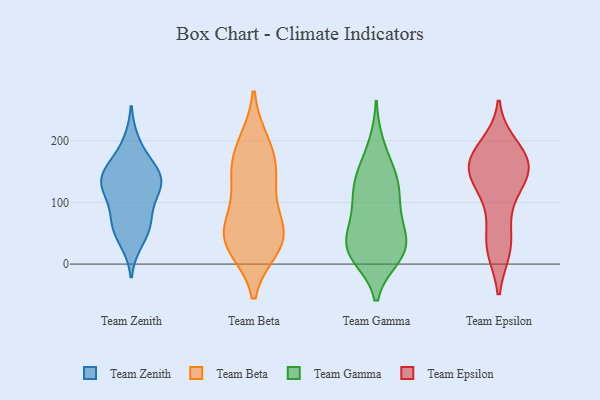
{"axis": {"x": "Page Views", "y": "Value"}, "legend": ["Team Beta", "Team Epsilon", "Team Gamma", "Team Zenith"], "data": [{"x": "", "y": 66, "type": "Team Zenith"}, {"x": "", "y": 117, "type": "Team Zenith"}, {"x": "", "y": 125, "type": "Team Zenith"}, {"x": "", "y": 71, "type": "Team Zenith"}, {"x": "", "y": 126, "type": "Team Zenith"}, {"x": "", "y": 196, "type": "Team Zenith"}, {"x": "", "y": 61, "type": "Team Zenith"}, {"x": "", "y": 129, "type": "Team Zenith"}, {"x": "", "y": 149, "type": "Team Zenith"}, {"x": "", "y": 39, "type": "Team Zenith"}, {"x": "", "y": 151, "type": "Team Zenith"}, {"x": "", "y": 155, "type": "Team Zenith"}, {"x": "", "y": 133, "type": "Team Beta"}, {"x": "", "y": 155, "type": "Team Beta"}, {"x": "", "y": 186, "type": "Team Beta"}, {"x": "", "y": 136, "type": "Team Beta"}, {"x": "", "y": 28, "type": "Team Beta"}, {"x": "", "y": 32, "type": "Team Beta"}, {"x": "", "y": 50, "type": "Team Beta"}, {"x": "", "y": 50, "type": "Team Beta"}, {"x": "", "y": 196, "type": "Team Beta"}, {"x": "", "y": 42, "type": "Team Beta"}, {"x": "", "y": 71, "type": "Team Beta"}, {"x": "", "y": 194, "type": "Team Gamma"}, {"x": "", "y": 28, "type": "Team Gamma"}, {"x": "", "y": 156, "type": "Team Gamma"}, {"x": "", "y": 119, "type": "Team Gamma"}, {"x": "", "y": 12, "type": "Team Gamma"}, {"x": "", "y": 115, "type": "Team Gamma"}, {"x": "", "y": 20, "type": "Team Gamma"}, {"x": "", "y": 92, "type": "Team Gamma"}, {"x": "", "y": 77, "type": "Team Gamma"}, {"x": "", "y": 62, "type": "Team Gamma"}, {"x": "", "y": 29, "type": "Team Gamma"}, {"x": "", "y": 136, "type": "Team Gamma"}, {"x": "", "y": 141, "type": "Team Gamma"}, {"x": "", "y": 49, "type": "Team Gamma"}, {"x": "", "y": 19, "type": "Team Gamma"}, {"x": "", "y": 17, "type": "Team Gamma"}, {"x": "", "y": 168, "type": "Team Epsilon"}, {"x": "", "y": 28, "type": "Team Epsilon"}, {"x": "", "y": 192, "type": "Team Epsilon"}, {"x": "", "y": 137, "type": "Team Epsilon"}, {"x": "", "y": 24, "type": "Team Epsilon"}, {"x": "", "y": 182, "type": "Team Epsilon"}, {"x": "", "y": 165, "type": "Team Epsilon"}, {"x": "", "y": 25, "type": "Team Epsilon"}, {"x": "", "y": 104, "type": "Team Epsilon"}, {"x": "", "y": 67, "type": "Team Epsilon"}, {"x": "", "y": 161, "type": "Team Epsilon"}, {"x": "", "y": 174, "type": "Team Epsilon"}, {"x": "", "y": 146, "type": "Team Epsilon"}, {"x": "", "y": 143, "type": "Team Epsilon"}, {"x": "", "y": 137, "type": "Team Epsilon"}]}